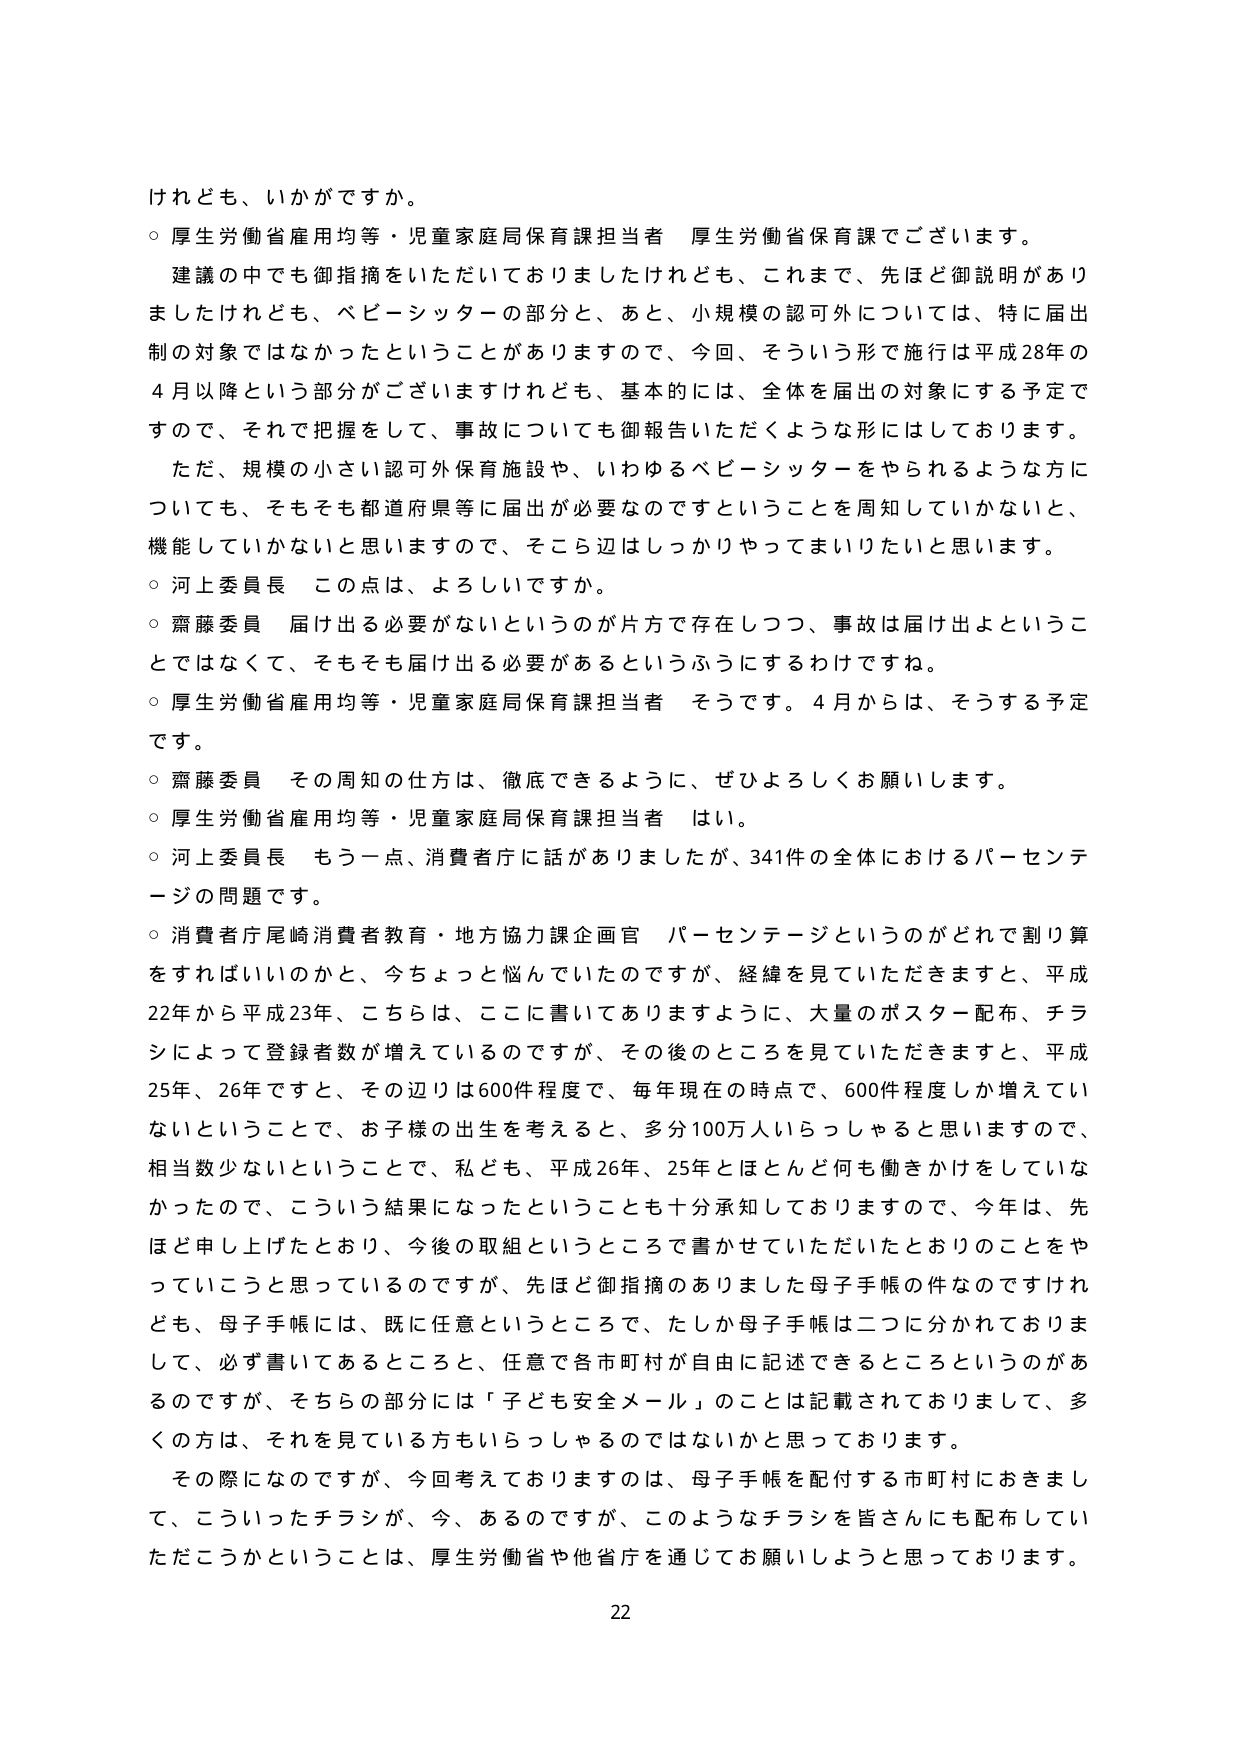
けれども、いかがですか。

○ 厚生労働省雇用均等・児童家庭局保育課担当者 厚生労働省保育課でございます。
　建議の中でも御指摘をいただいておりましたけれども、これまで、先ほど御説明がありましたけれども、ベビーシッターの部分と、あと、小規模の認可外については、特に届出制の対象ではなかったということがありますので、今回、そういう形で施行は平成28年の4月以降という部分がございますけれども、基本的には、全体を届出の対象にする予定ですので、それで把握をして、事故についても御報告いただくような形にはしております。
　ただ、規模の小さい認可外保育施設や、いわゆるベビーシッターをやられるような方についても、そもそも都道府県等に届出が必要なのですということを周知していかないと、機能していかないと思いますので、そこら辺はしっかりやってまいりたいと思います。

○ 河上委員長 この点は、よろしいですか。

○ 齋藤委員 届け出る必要がないというのが片方で存在しつつ、事故は届け出よということではなくて、そもそも届け出る必要があるというふうにするわけです。

○ 厚生労働省雇用均等・児童家庭局保育課担当者 そうです。4月からは、そうする予定です。

○ 齋藤委員 その周知の仕方は、徹底できるように、ぜひよろしくお願いします。

○ 厚生労働省雇用均等・児童家庭局保育課担当者 はい。

○ 河上委員長 もう一点、消費者庁に話がありましたか、341件の全体におけるパーセンテージの問題です。

○ 消費者庁尾崎消費者教育・地方協力課企画官 パーセンテージというのがどれで割り算をすればいいのかと、今ちょっと悩んでいたのですが、経緯を見ていただきますと、平成22年から平成23年、こちらは、ここに書いてありますように、大量のポスター配布、チラシによって登録者数が増えているのですが、その後のところを見ていただきますと、平成25年、26年ですと、その辺りは600件程度で、毎年現在の時点で、600件程度しか増えていないということで、お子様の出生を考えると、多分100万人いらっしゃると思いますので、相当数少ないということで、私ども、平成26年、25年とほとんど何も働きかけをしていなかったので、こういう結果になったということも十分承知しておりますので、今年は、先ほど申し上げたとおり、今後の取組というところで書かせていただいたとおりのことをやっていこうと思っているのですが、先ほど御指摘のありました母子手帳の件なのですが、母子手帳には、既に任意というところで、たしか母子手帳は二つに分かれておりまして、必ず書いてあるところと、任意で各市町村が自由に記述できるところというのがあるのですが、そちらの部分には「子ども安全メール」のことは記載されておりまして、多くの方は、それを見ている方もいらっしゃるのではないかと思っております。
　その際になるのですが、今回考えておりますのは、母子手帳を配付する市町村におきまして、こういったチラシが、今、あるのですが、このようなチラシを皆さんにも配布していただこうかということは、厚生労働省や他省庁を通じてお願いしようと思っております。

22